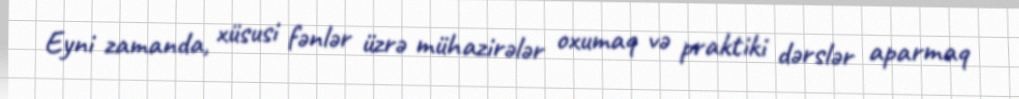
Eyni zamanda, xüsusi fənlər üzrə mühazirələr oxumaq və praktiki dərslər aparmaq